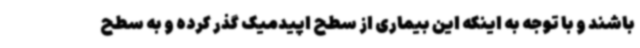
باشند و با توجه به اینکه این بیماری از سطح اپیدمیک گذر کرده و به سطح